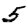
Digit: 5